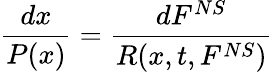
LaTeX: \frac{dx}{P(x)}=\frac{dF^{NS}}{R(x,t,F^{NS})}